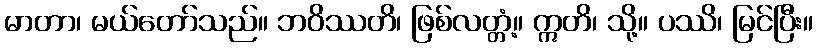
မာတာ၊ မယ်တော်သည်။ ဘဝိဿတိ၊ ဖြစ်လတ္တံ့။ ဣတိ၊ သို့။ ပဿိ၊ မြင်ပြီး။